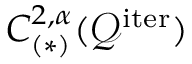
C _ { ( * ) } ^ { 2 , \alpha } ( \mathcal { Q } ^ { \mathrm { i t e r } } )